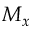
M _ { x }